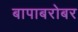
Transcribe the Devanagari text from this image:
बापाबरोबर